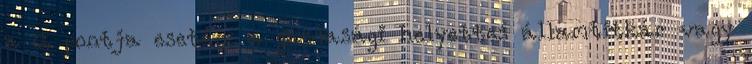
a 6. pontja esetén: a gazdasági helyettes államtitkár vagy